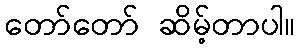
တော်တော် ဆိမ့်တာပါ။